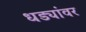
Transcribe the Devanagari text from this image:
धड्यांवर